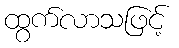
ထွက်လာသဖြင့်